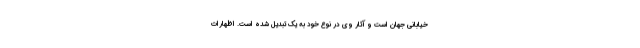
خیابانی جهان است و آثار وی در نوع خود به یک تبدیل شده است. اظهارات